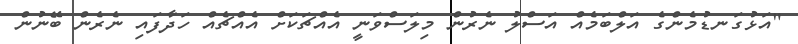
"އަޅުގަނޑުމެންގެ އަލްބަމެއް އަސްލު ނެރުން މިލަސްވަނީ އެއްޗަކަށް އެއްޗެއް ހަދާފައި ނެރެން ބޭނުން